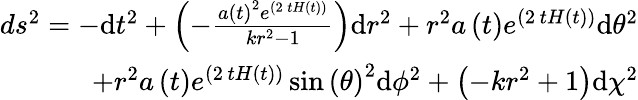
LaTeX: \begin{array}{r}{ds^{2}=-\mathrm{d}t^{2}+\left(-\frac{a\left(t\right)^{2}e^{\left(2\, tH\left(t\right)\right)}}{kr^{2}-1}\right)\mathrm{d}r^{2}+r^{2}a\left(t\right)e^{\left(2\, tH\left(t\right)\right)}\mathrm{d}{\theta}^{2}}\\ {+r^{2}a\left(t\right)e^{\left(2\, tH\left(t\right)\right)}\sin\left({\theta}\right)^{2}\mathrm{d}{\phi}^{2}+\left(-kr^{2}+1\right)\mathrm{d}{\chi}^{2}}\end{array}